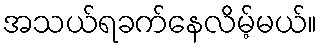
အသယ်ရခက်နေလိမ့်မယ်။